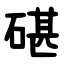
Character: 碪